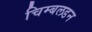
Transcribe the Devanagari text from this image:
चिम्बलडन